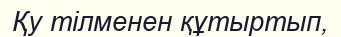
Қу тілменен құтыртып,